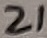
Text: 21